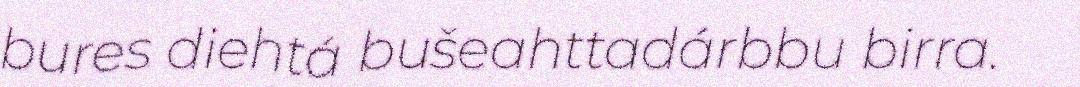
bures diehtá bušeahttadárbbu birra.